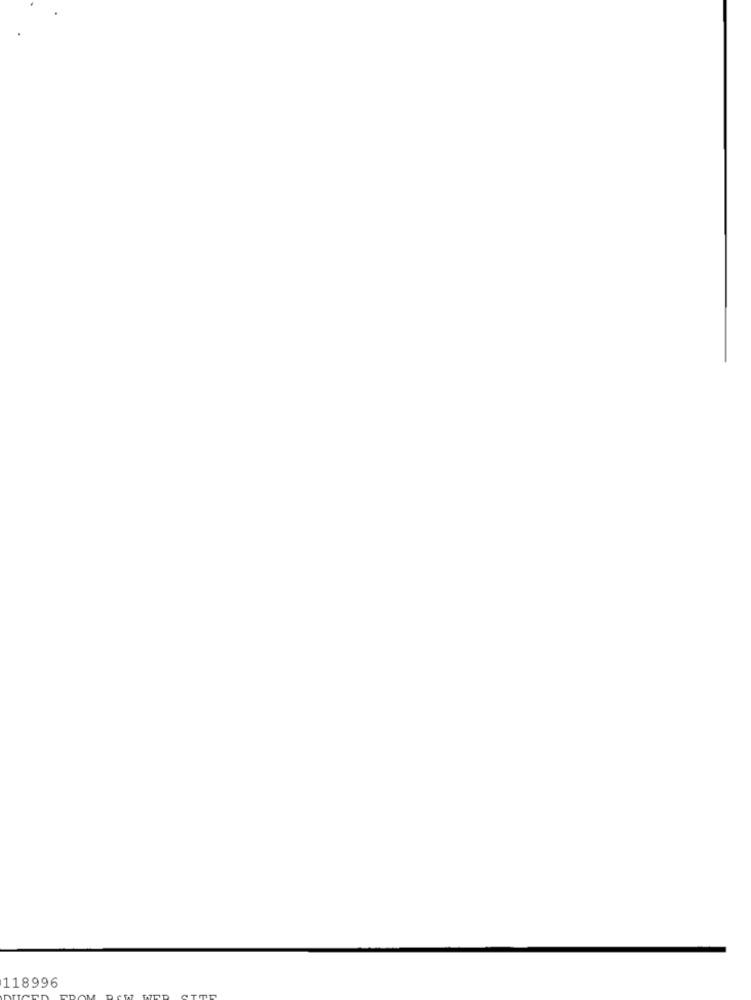
118996